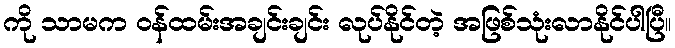
ကို သာမက ဝန်ထမ်းအချင်းချင်း လုပ်နိုင်တဲ့ အဖြစ်သုံးလာနိုင်ပါပြီ။